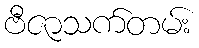
ဗီဇာသက်တမ်း